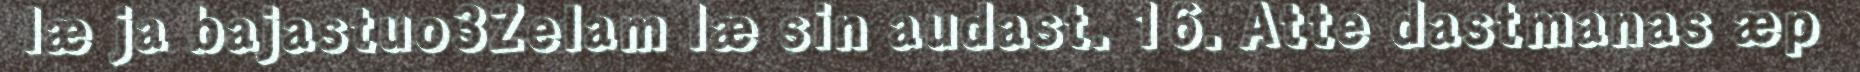
læ ja bajastuo3Zelam læ sin audast. 16. Atte dastmanas æp